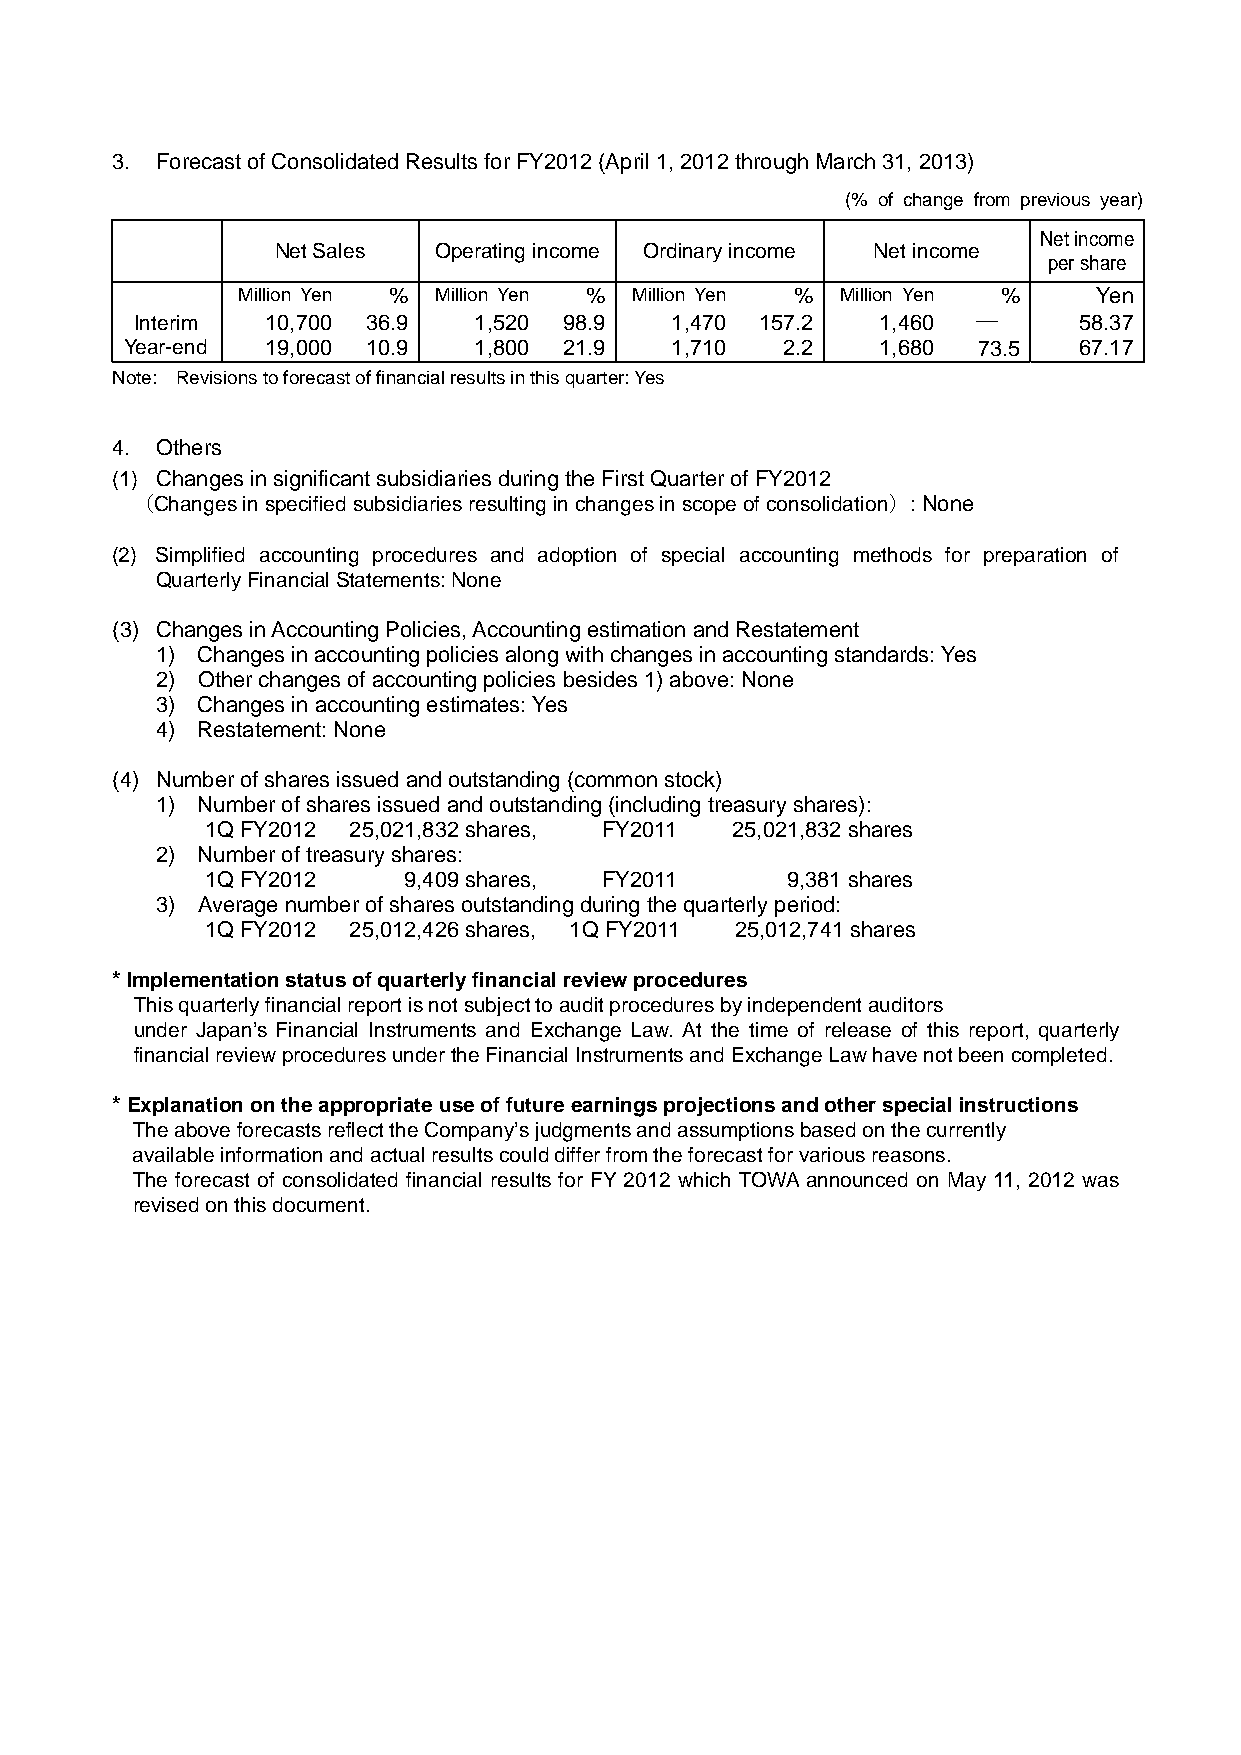
3. Forecast of Consolidated Results for FY2012 (April 1, 2012 through March 31, 2013)
 (% of change from previous year)
 Net income
 Net Sales  Operating income Ordinary income Net income
 per share
 Million Yen % Million Yen % Million Yen % Million Yen %  Yen
 Interim  10,700 36.9  1,520 98.9   1,470 157.2   1,460  ―     58.37
 Year-end  19,000 10.9  1,800 21.9   1,710   2.2   1,680  73.5  67.17
 Note: Revisions to forecast of financial results in this quarter: Yes
 4. Others
 (1) Changes in significant subsidiaries during the First Quarter of FY2012
 （Changes in specified subsidiaries resulting in changes in scope of consolidation）: None
 (2) Simplified accounting procedures and adoption of special accounting methods for preparation of
 Quarterly Financial Statements: None
 (3) Changes in Accounting Policies, Accounting estimation and Restatement
 1) Changes in accounting policies along with changes in accounting standards: Yes
 2) Other changes of accounting policies besides 1) above: None
 3) Changes in accounting estimates: Yes
 4) Restatement: None
 (4) Number of shares issued and outstanding (common stock)
 1) Number of shares issued and outstanding (including treasury shares):
 1Q FY2012 25,021,832 shares, FY2011 25,021,832 shares
 2) Number of treasury shares:
 1Q FY2012    9,409 shares, FY2011     9,381 shares
 3) Average number of shares outstanding during the quarterly period:
 1Q FY2012 25,012,426 shares, 1Q FY2011 25,012,741 shares
 * Implementation status of quarterly financial review procedures
 This quarterly financial report is not subject to audit procedures by independent auditors
 under Japan’s Financial Instruments and Exchange Law. At the time of release of this report, quarterly
 financial review procedures under the Financial Instruments and Exchange Law have not been completed.
 * Explanation on the appropriate use of future earnings projections and other special instructions
 The above forecasts reflect the Company’s judgments and assumptions based on the currently
 available information and actual results could differ from the forecast for various reasons.
 The forecast of consolidated financial results for FY 2012 which TOWA announced on May 11, 2012 was
 revised on this document.